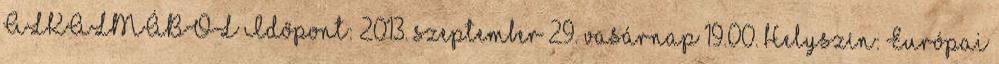
ALKALMÁBÓL Időpont: 2013. szeptember 29. vasárnap 19.00. Helyszín: Európai